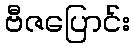
ဗီဇပြောင်း